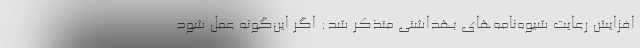
افزایش رعایت شیوه‌نامه‌های بهداشتی متذکر شد: اگر این‌گونه عمل شود